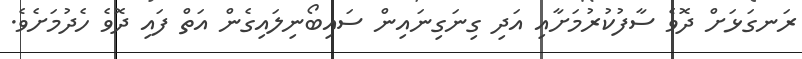
ރަނގަޅަށް ދޮވެ ސާފުކުރުމަށާއި އަދި ގިނަގިނައިން ސައިބޯނިލައިގެން އަތް ފައި ދޮވެ ހެދުމަށެވެ.